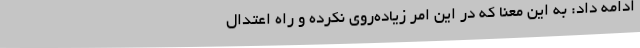
ادامه داد: به این معنا که در این امر زیاده‌روی نکرده و راه اعتدال